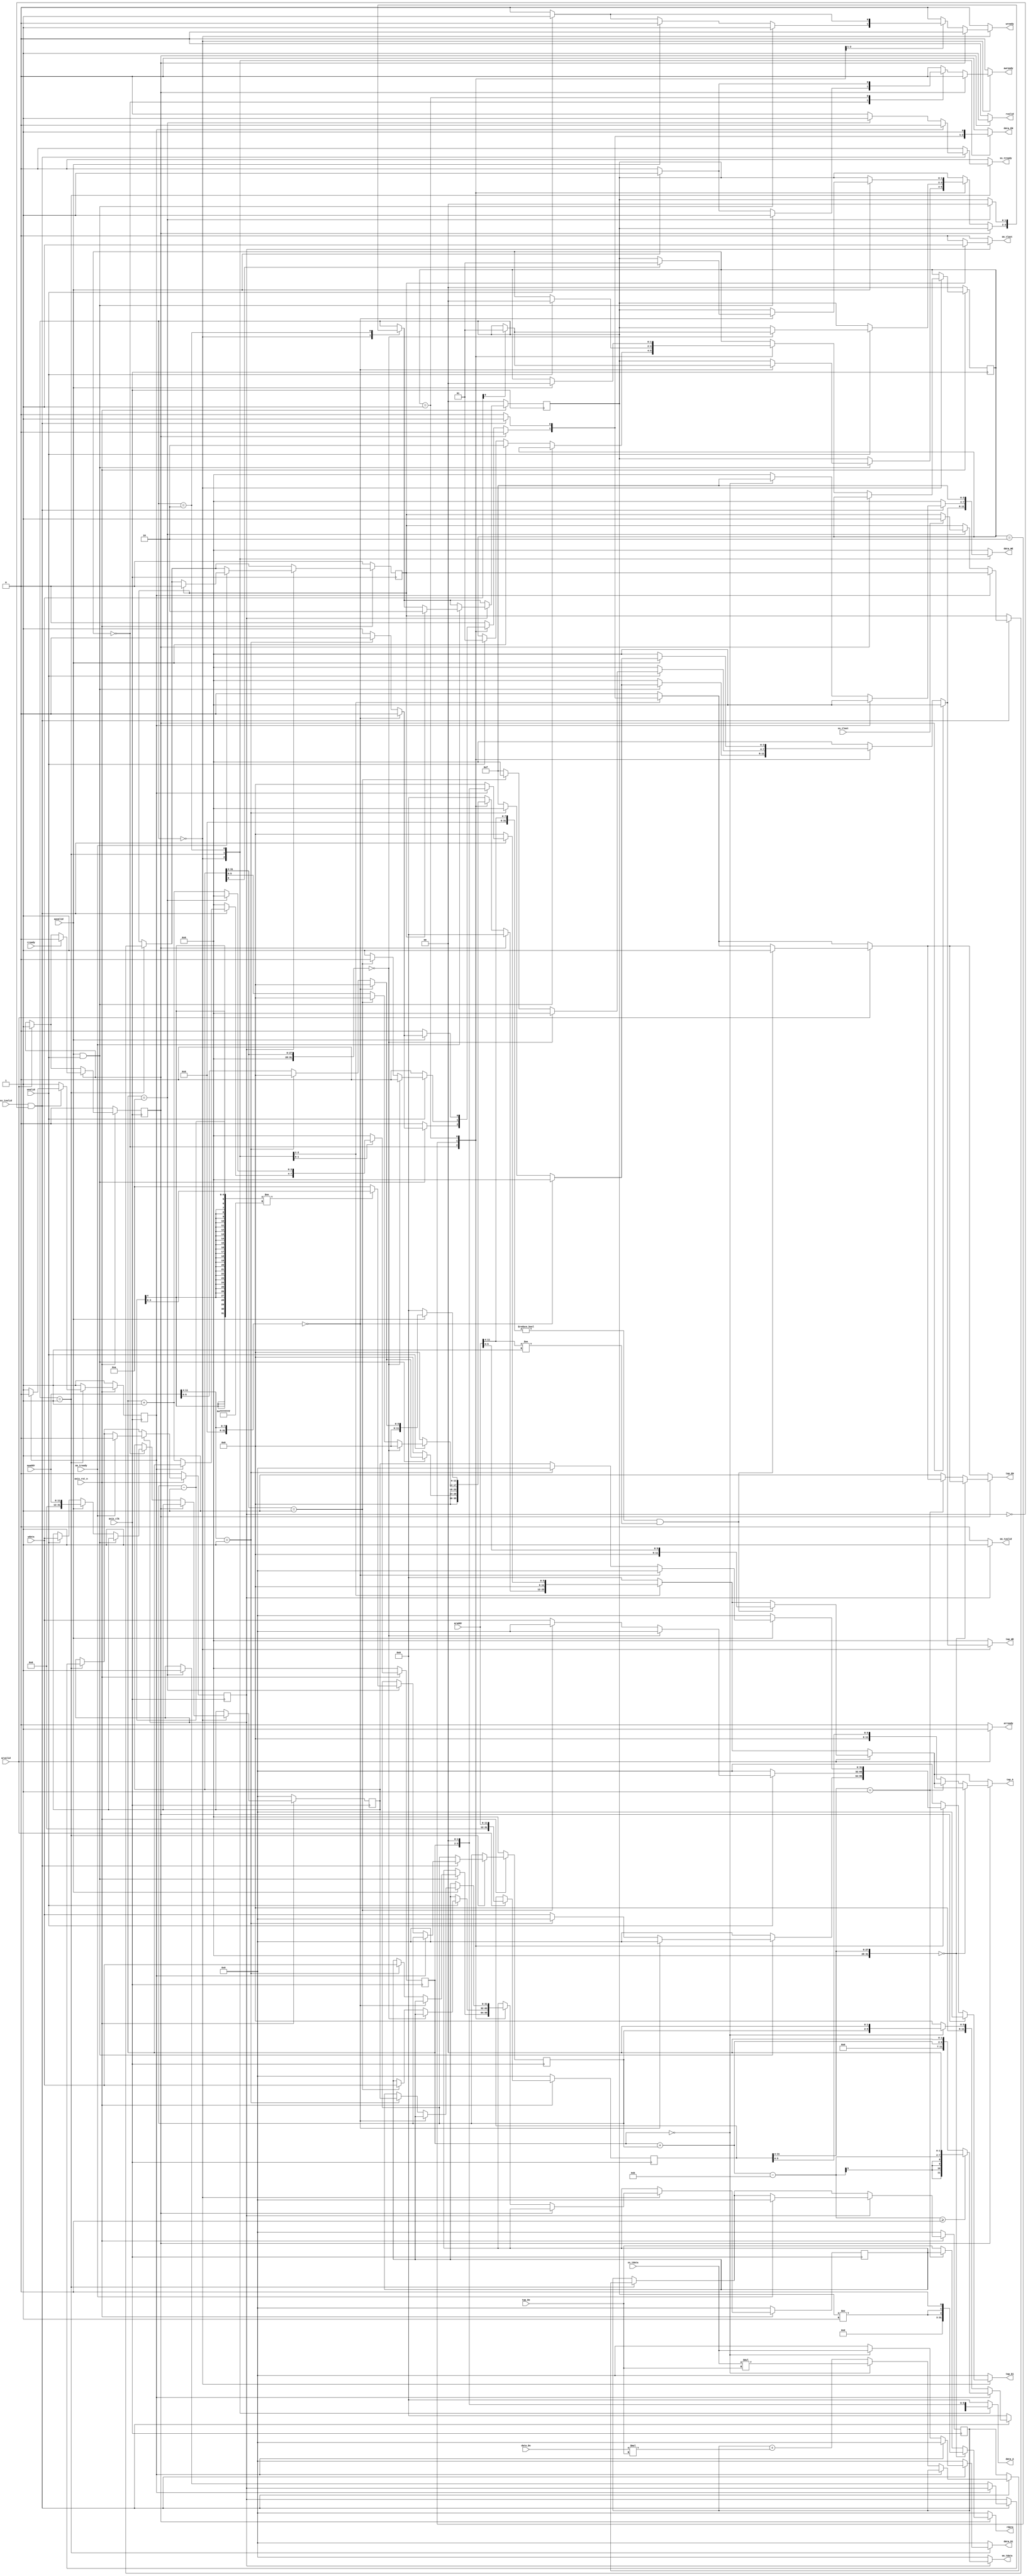
module fir 
#(  parameter pADDR_WIDTH = 12,
    parameter pDATA_WIDTH = 32,
    parameter Tape_Num    = 11
)
(
    output  reg                     awready,
    output  reg                     wready,
    input   wire                     awvalid,
    input   wire [(pADDR_WIDTH-1):0] awaddr,
    input   wire                     wvalid,
    input   wire [(pDATA_WIDTH-1):0] wdata,
    output  reg                     arready,
    input   wire                     rready,
    input   wire                     arvalid,
    input   wire [(pADDR_WIDTH-1):0] araddr,
    output  reg                     rvalid,
    output  reg [(pDATA_WIDTH-1):0] rdata,    
    input   wire                     ss_tvalid, 
    input   wire [(pDATA_WIDTH-1):0] ss_tdata, 
    input   wire                     ss_tlast, 
    output  reg                     ss_tready, 
    input   wire                     sm_tready, 
    output  reg                     sm_tvalid, 
    output  reg [(pDATA_WIDTH-1):0] sm_tdata, 
    output  reg                     sm_tlast, 
    
    // bram for tap RAM
    output  reg [3:0]               tap_WE, //tap is placed at bram and corresponds to 0x40 address in axilite
    output  reg                     tap_EN,
    output  reg [(pDATA_WIDTH-1):0] tap_Di,
    output  reg [(pADDR_WIDTH-1):0] tap_A,
    input   wire [(pDATA_WIDTH-1):0] tap_Do,

    // bram for data RAM
    output  reg [3:0]               data_WE,
    output  reg                     data_EN,
    output  reg [(pDATA_WIDTH-1):0] data_Di,
    output  reg [(pADDR_WIDTH-1):0] data_A,
    input   wire [(pDATA_WIDTH-1):0] data_Do,

    input   wire                     axis_clk,
    input   wire                     axis_rst_n
);

    localparam STATE_RECEIVE_PARAMETERS = 0;
    localparam STATE_EXECUTE = 1;
    localparam STATE_CLEAN_DATA_IN_BRAM = 2;
    reg [2-1:0] state_r;
    reg [2-1:0] state_w;
    reg [4-1:0] counter_r;
    reg [4-1:0] counter_w;
    reg ap_done, ap_idle; 
    reg [32-1:0] data_length_w;
    reg [32-1:0] data_length_r;
    reg [32-1:0] receive_data_for_write_w; //address or data
    reg [32-1:0] receive_data_for_write_r;
    reg [32-1:0] receive_address_for_read_w;
    reg [32-1:0] receive_address_for_read_r;
    reg [2-1:0] write_state_w; //2'b10 represents address valid, 2'b01 represents data valid
    reg [2-1:0] write_state_r; //2'b10 represents address valid, 2'b01 represents data valid
    reg [32-1:0] fir_result_w;
    reg [32-1:0] fir_result_r;
    reg          bram_wait_w;
    reg          bram_wait_r;
    reg [4-1:0] bram_first_data_position_r; //From 0 to 10
    reg [4-1:0] bram_first_data_position_w; //From 0 to 10
    reg         pending_sm_tready_r;
    reg         pending_sm_tready_w;
    reg         pending_rready_r;
    reg         pending_rready_w;
    reg         last_r;
    reg         last_w;
    
    
    
    always@(*) begin
        receive_address_for_read_w = receive_address_for_read_r;
        receive_data_for_write_w = receive_data_for_write_r;
        counter_w = 0;
        state_w = state_r;
        data_length_w = data_length_r;
        tap_EN = 0;
        tap_WE = 0;
        tap_A = 0;
        tap_Di = 0;
        data_EN = 0;
        data_WE = 0;
        data_A = 0;
        data_Di = 0;
        write_state_w = write_state_r;
        wready = 0;
        awready = 0;
        ss_tready = 0;
        sm_tvalid = 0;
        sm_tdata = 0;
        sm_tlast = 0;
        fir_result_w = fir_result_r;
        bram_wait_w = 1;
        bram_first_data_position_w = bram_first_data_position_r;
        last_w = last_r;
        pending_sm_tready_w = pending_sm_tready_r;
        pending_rready_w = pending_rready_r;
        rvalid = 0;
        rdata = 0;
        arready = 0;
        case (state_r)
            STATE_RECEIVE_PARAMETERS: begin
                if (pending_rready_r == 1'b0) begin //prevent bram from being read and written at the same time
                    case (write_state_r)
                        2'b00: begin //Address and data are both not valid
                            if ((awvalid == 1'b1) & (wvalid == 1'b1)) begin
                                if ((awaddr >> 4) == 0) begin //address = 0x00
                                    if (wdata[0] == 1'b1) begin //ap_start = 1
                                        state_w = STATE_EXECUTE;
                                    end
                                end
                                else if ((awaddr >> 4) == 1) begin //address = 0x10
                                    data_length_w = wdata;
                                end
                                else begin //address = 0x40, direct communicate with BRAM
                                    tap_EN = 1;
                                    tap_WE = 4'b1111;
                                    tap_A = awaddr[5:0];
                                    tap_Di = wdata;
                                    data_EN = 1;
                                    data_WE = 4'b1111;
                                    data_A = awaddr[5:0];
                                    data_Di = 0; //initialization
                                end
                                awready = 1;
                                wready = 1;
                            end
                            else if (awvalid == 1'b1) begin
                                write_state_w = 2'b10;
                                receive_data_for_write_w = awaddr;
                                awready = 1;
                            end
                            else if (wvalid == 1'b1) begin
                                write_state_w = 2'b01;
                                receive_data_for_write_w = wdata;
                                wready = 1;
                            end
                        end
                        2'b10: begin
                            if (wvalid == 1'b1) begin
                                if ((receive_data_for_write_r >> 4) == 0) begin //address = 0x00
                                    if (wdata[0] == 1'b1) begin //ap_start = 1
                                        state_w = STATE_EXECUTE;
                                    end
                                end
                                else if ((receive_data_for_write_r >> 4) == 1) begin //address = 0x10
                                    data_length_w = wdata;
                                end
                                else begin //address = 0x40, direct communicate with BRAM
                                    tap_EN = 1;
                                    tap_WE = 4'b1111;
                                    tap_A = receive_data_for_write_r[5:0];
                                    tap_Di = wdata;
                                    data_EN = 1;
                                    data_WE = 4'b1111;
                                    data_A = receive_data_for_write_r[5:0];
                                    data_Di = 0; //initialization
                                end
                                wready = 1;
                                write_state_w = 2'b00;
                            end
                        end
                        2'b01: begin
                            if (awvalid == 1'b1) begin
                                if ((awaddr >> 4) == 0) begin //address = 0x00
                                    if (receive_data_for_write_r[0] == 1'b1) begin //ap_start = 1
                                        state_w = STATE_EXECUTE;
                                    end
                                end
                                else if ((awaddr >> 4) == 1) begin //address = 0x10
                                    data_length_w = receive_data_for_write_r;
                                end
                                else begin //address = 0x40, direct communicate with BRAM
                                    tap_EN = 1;
                                    tap_WE = 4'b1111;
                                    tap_A = awaddr[5:0];
                                    tap_Di = receive_data_for_write_r;
                                    data_EN = 1;
                                    data_WE = 4'b1111;
                                    data_A = awaddr[5:0];
                                    data_Di = 0; //initialization
                                end
                                awready = 1;
                                write_state_w = 2'b00;
                            end
                        end
                    endcase
                end
            end
            STATE_EXECUTE: begin
                if ((ss_tvalid == 1'b1) & (pending_sm_tready_r != 1'b1)) begin //second condition prevents fir result from being changed
                    if (bram_wait_r == 1'b1) begin
                        tap_EN = 1;
                        tap_A = counter_r << 2;
                        data_EN = 1;
                        bram_wait_w = 0;

                        if ((($signed({1'b0, counter_r}) + $signed({1'b0, bram_first_data_position_r})) - Tape_Num) >= 0) begin
                            data_A = (($signed({1'b0, counter_r}) + $signed({1'b0, bram_first_data_position_r})) - Tape_Num) << 2;
                        end
                        else begin
                            data_A = ($signed({1'b0, counter_r}) + $signed({1'b0, bram_first_data_position_r})) << 2;
                        end
                        counter_w = counter_r;
                    end
                    else begin
                        tap_EN = 1;
                        data_EN = 1;
                        fir_result_w = fir_result_r + data_Do * tap_Do;
                        if (counter_r == 0) begin
                            fir_result_w = ss_tdata * tap_Do;
                            data_WE = 4'b1111;
                            data_A = bram_first_data_position_r << 2;
                            data_Di = ss_tdata;
                        end
                        if (counter_r == Tape_Num-1) begin
                            pending_sm_tready_w = 1;
                            if (bram_first_data_position_w - 1 != -1)
                                bram_first_data_position_w = bram_first_data_position_r - 1;
                            else
                                bram_first_data_position_w = Tape_Num - 1;
                            if (ss_tlast == 1'b1) begin
                                last_w = 1;
                            end
                            ss_tready = 1;
                        end
                        counter_w = counter_r + 1;
                        bram_wait_w = 1;
                    end
                end
            end
            STATE_CLEAN_DATA_IN_BRAM: begin
                data_EN = 1;
                data_WE = 4'b1111;
                data_A = counter_r << 2;
                data_Di = 0; //initialization
                if (counter_r == Tape_Num-1) begin
                    state_w = STATE_RECEIVE_PARAMETERS;
                end
                else begin
                    counter_w = counter_r + 1;
                end
            end
        endcase
        if (pending_sm_tready_r == 1'b1) begin
            sm_tvalid = 1'b1;
            sm_tdata = fir_result_r;
            if (last_r == 1) begin
                sm_tlast = 1;
            end
            if (sm_tready == 1'b1) begin
                fir_result_w = 0;
                if (last_r == 1'b1) begin
                    state_w = STATE_CLEAN_DATA_IN_BRAM;
                    last_w = 0;
                end
                pending_sm_tready_w = 0;
            end
        end
        if (arvalid == 1'b1) begin
            pending_rready_w = 1;
            receive_address_for_read_w = araddr;
            arready = 1;
            if (((araddr >> 4) != 0) & ((araddr >> 4) != 1)) begin
                tap_EN = 1;
                tap_A = araddr[5:0];
            end
        end
        if (pending_rready_r == 1'b1) begin
            rvalid = 1;
            if ((receive_address_for_read_r >> 4) == 0) begin //address = 0x00
                rdata = {(state_r != STATE_EXECUTE), (state_r != STATE_EXECUTE), 1'b0};
            end
            else if ((receive_address_for_read_r >> 4) == 1) begin //address = 0x10
                rdata = data_length_r;
            end
            else begin //address = 0x40
               rdata = tap_Do;
               tap_EN = 1;
               tap_A = receive_address_for_read_r[5:0];
            end
            if (rready == 1'b1) begin
                pending_rready_w = 0;
            end
        end
    end
    
    always@(posedge axis_clk) begin
        if (axis_rst_n == 1'b0) begin
            state_r <= STATE_RECEIVE_PARAMETERS;
            counter_r <= 0;
            receive_data_for_write_r <= 0;
            write_state_r <= 0;
            data_length_r <= 0;
            fir_result_r <= 0;
            bram_wait_r <= 1;
            bram_first_data_position_r <= 0;
            pending_rready_r <= 0;
            last_r <= 0;
            pending_sm_tready_r <= 0;
            receive_address_for_read_r <= 0;
        end
        else begin
            state_r <= state_w;
            counter_r <= counter_w;
            receive_data_for_write_r <= receive_data_for_write_w;
            write_state_r <= write_state_w;
            data_length_r <= data_length_w;
            fir_result_r <= fir_result_w;
            bram_wait_r <= bram_wait_w;
            bram_first_data_position_r <= bram_first_data_position_w;
            pending_rready_r <= pending_rready_w;
            last_r <= last_w;
            pending_sm_tready_r <= pending_sm_tready_w;
            receive_address_for_read_r <= receive_address_for_read_w;
        end
    end

endmodule